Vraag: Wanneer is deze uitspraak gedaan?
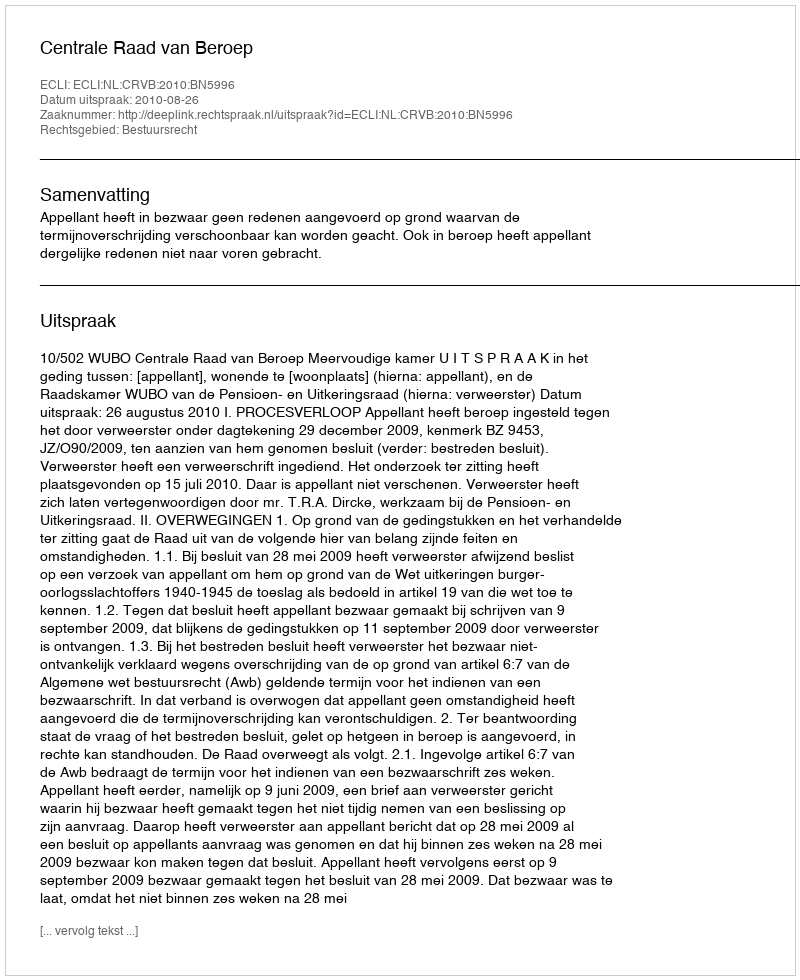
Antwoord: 2010-08-26